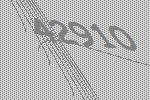
42910